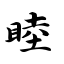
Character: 睦